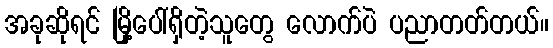
အခုဆိုရင် မြို့ပေါ်ရှိတဲ့သူတွေ လောက်ပဲ ပညာတတ်တယ်။